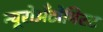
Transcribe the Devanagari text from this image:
न्यूरोअँटोमिस्ट